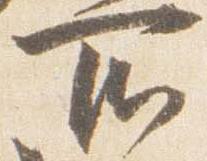
所